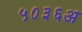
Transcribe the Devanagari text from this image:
५०३६अ